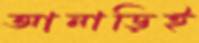
আনাড়িই